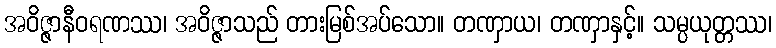
အဝိဇ္ဇာနီဝရဏဿ၊ အဝိဇ္ဇာသည် တားမြစ်အပ်သော။ တဏှာယ၊ တဏှာနှင့်။ သမ္ပယုတ္တဿ၊